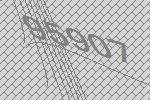
95907